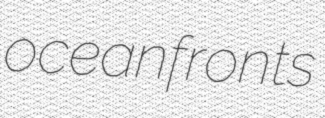
oceanfronts